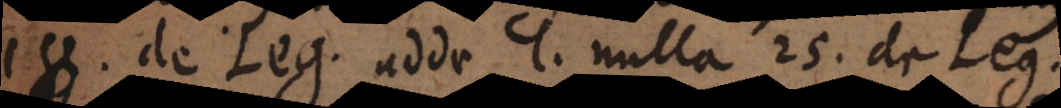
18. de Leg. adde l. nulla 25. de Leg.